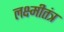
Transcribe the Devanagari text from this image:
लक्ष्मीतंत्र